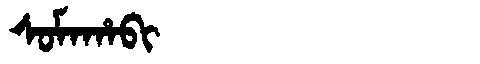
Manchu: ᠰᠣᠮᠠᡥᠠᠪᡳ
Romanization: SOMAHABI